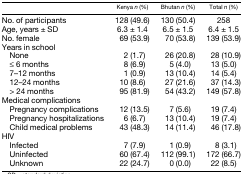
<table><thead><tr><td></td><td><b>Kenya <i>n</i> (%)</b></td><td><b>Bhutan <i>n</i> (%)</b></td><td><b>Total <i>n</i> (%)</b></td></tr></thead><tbody><tr><td>No. of participants</td><td>128 (49.6)</td><td>130 (50.4)</td><td>258</td></tr><tr><td>Age, years ± SD</td><td>6.3 ± 1.4</td><td>6.5 ± 1.5</td><td>6.4 ± 1.5</td></tr><tr><td>No. female</td><td>69 (53.9)</td><td>70 (53.8)</td><td>139 (53.9)</td></tr><tr><td colspan="4">Years in school</td></tr><tr><td> None</td><td>2 (1.7)</td><td>26 (20.8)</td><td>28 (10.9)</td></tr><tr><td> ≤ 6 months</td><td>8 (6.9)</td><td>5 (4.0)</td><td>13 (5.0)</td></tr><tr><td> 7–12 months</td><td>1 (0.9)</td><td>13 (10.4)</td><td>14 (5.4)</td></tr><tr><td> 12–24 months</td><td>10 (8.6)</td><td>27 (21.6)</td><td>37 (14.3)</td></tr><tr><td> &gt; 24 months</td><td>95 (81.9)</td><td>54 (43.2)</td><td>149 (57.8)</td></tr><tr><td colspan="4">Medical complications</td></tr><tr><td> Pregnancy complications</td><td>12 (13.5)</td><td>7 (5.6)</td><td>19 (7.4)</td></tr><tr><td> Pregnancy hospitalizations</td><td>6 (6.7)</td><td>13 (10.4)</td><td>19 (7.4)</td></tr><tr><td> Child medical problems</td><td>43 (48.3)</td><td>14 (11.4)</td><td>46 (17.8)</td></tr><tr><td colspan="4">HIV</td></tr><tr><td> Infected</td><td>7 (7.9)</td><td>1 (0.9)</td><td>8 (3.1)</td></tr><tr><td> Uninfected</td><td>60 (67.4)</td><td>112 (99.1)</td><td>172 (66.7)</td></tr><tr><td> Unknown</td><td>22 (24.7)</td><td>0 (0.0)</td><td>22 (8.5)</td></tr></tbody></table>